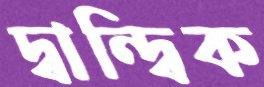
দ্বান্দ্বিক